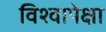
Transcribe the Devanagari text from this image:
विश्वापेक्षा